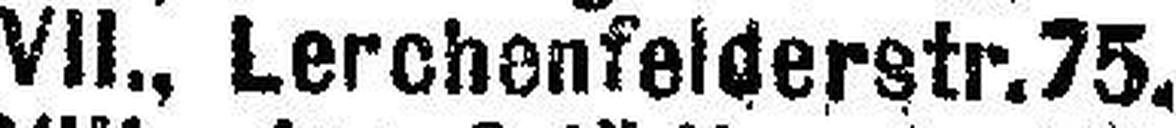
VII., Lerchenfelderstr. 75.